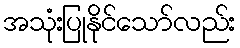
အသုံးပြုနိုင်သော်လည်း